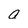
Character: a